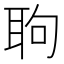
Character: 𦕙